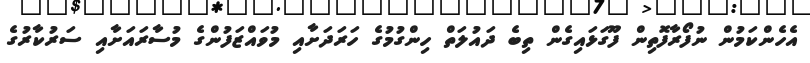
އެހެންކަމުން ނުފޯރާފޮތިން ފޫގަޅައިގެން ތިބެ ދައުލަތް ހިންގުމުގެ ހަރަދަށާއި މުވައްޒަފުންގެ މުސާރައަށާއި ސަރުކާރުގެ